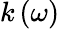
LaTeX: k\left(\omega\right)